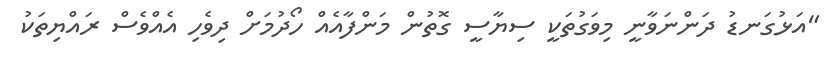
"އަޅުގަނޑު ދަންނަވާނީ މިވަގުތަކީ ސިޔާސީ ގޮތުން މަންފާއެއް ހޯދުމަށް ދިވެހި އެއްވެސް ރައްޔިތަކު